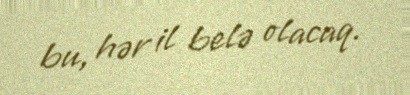
bu, hər il belə olacaq.